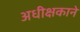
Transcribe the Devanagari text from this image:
अधीक्षकाने